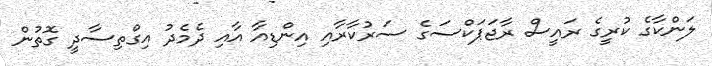
ލަންކާގެ ކުރީގެ ރައީސް ރާޖަޕަކްސަގެ ސަރުކާރާއި އިންޑިއާ އާއި ދެމެދު އިގްތިސާދީ ގޮތުން